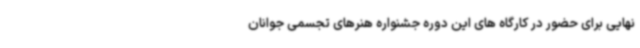
نهایی برای حضور در کارگاه های این دوره جشنواره هنرهای تجسمی جوانان